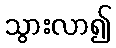
သွားလာ၍